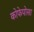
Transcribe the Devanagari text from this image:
कोफेपोसा